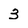
Character: 3